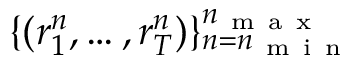
\{ ( r _ { 1 } ^ { n } , \hdots , r _ { T } ^ { n } ) \} _ { n = n _ { \mathrm { ~ m ~ i ~ n ~ } } } ^ { n _ { \mathrm { ~ m ~ a ~ x ~ } } }